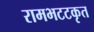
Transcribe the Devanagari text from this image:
रामभटटकृत